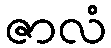
ဇာလံ